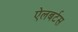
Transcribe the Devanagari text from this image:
ऐलबर्टस